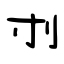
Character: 刌